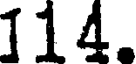
114.